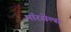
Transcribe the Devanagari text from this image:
मॉरसेल्स